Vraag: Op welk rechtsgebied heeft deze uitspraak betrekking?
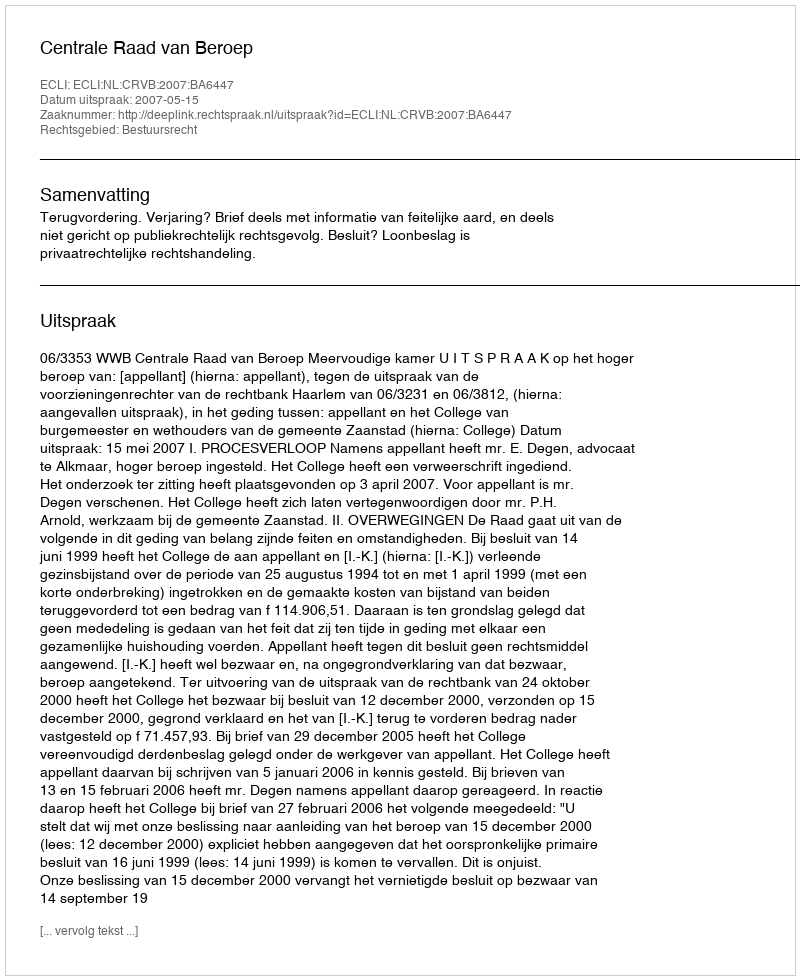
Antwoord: Bestuursrecht